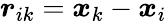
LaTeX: \boldsymbol{r}_{ik}=\boldsymbol{x}_{k}-\boldsymbol{x}_{i}